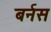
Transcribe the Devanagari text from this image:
बर्नस